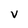
Character: V